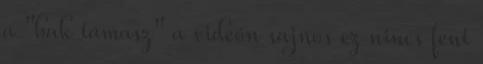
a "bak támasz" a videón sajnos ez nincs fent